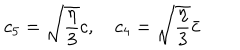
LaTeX: c _ { 5 } = \sqrt { \frac { \eta } { 3 } } c , c _ { 4 } = \sqrt { \frac { \eta } { 3 } } \bar { c }